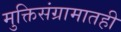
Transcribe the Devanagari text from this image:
मुक्तिसंग्रामातही